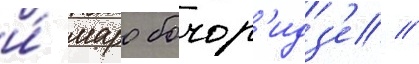
и́ маро бочор'идз'е //